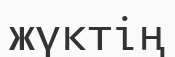
жүктің